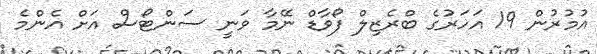
އުމުރުން 19 އަހަރުގެ ބްރެޒިލް ފޯވާޑް ނޭމާ ވަނީ ސަންޓޯސް އަށް އެންމެ